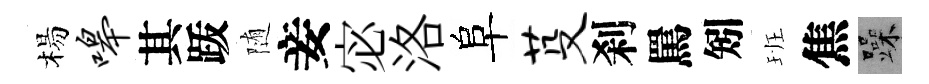
楊嗥其䟦随妾宓洛阜芟刹罵矧班焦躁